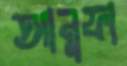
আনুফা